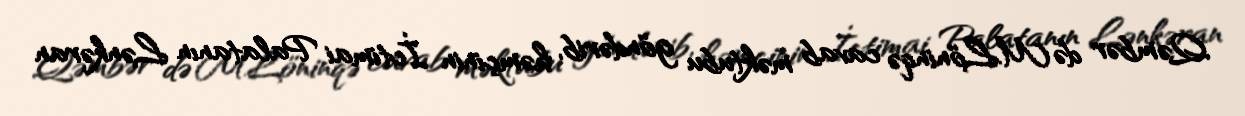
Qəmbər də M.Löninqə cavab məktubu göndərib, həmçinin İctimai Palatanın Lənkəran